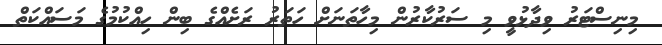
މިނިސްޓަރު ވިދާޅުވީ މި ސަރުކާރުން މިހާތަނަށް ހަތަރު ރަށެއްގެ ބިން ހިއްކުމުގެ މަސައްކަތް